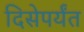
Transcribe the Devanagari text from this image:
दिसेपर्यंत